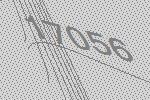
17056